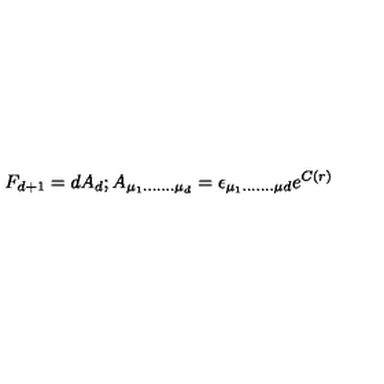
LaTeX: F _ { d + 1 } = d A _ { d } ; A _ { \mu _ { 1 } . . . . . . . \mu _ { d } } = \epsilon _ { \mu _ { 1 } . . . . . . . \mu { d } } e ^ { C ( r ) }